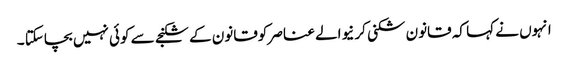
انہوں نے کہا کہ قانون شکنی کر نیوالے عناصر کوقانون کے شکنجے سے کوئی نہیں بچاسکتا ۔